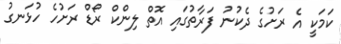
ކަމަކީ އެ ރަށުގެ ދެކުނު ފަރާތުގައި އޮތް ލިންކް ރޯޑް ރަށުހެ ހުޅަނގު